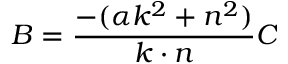
B = \frac { - ( \alpha k ^ { 2 } + n ^ { 2 } ) } { k \cdot n } C